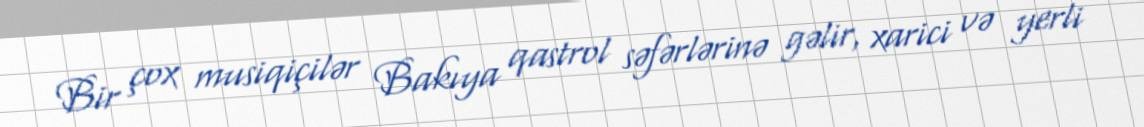
Bir çox musiqiçilər Bakıya qastrol səfərlərinə gəlir, xarici və yerli